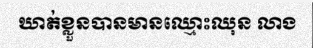
ឃាត់ខ្លួនបានមានឈ្មោះឈុន លាង